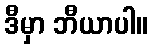
ဒီမှာ ဘီယာပါ။